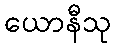
ယောနီသု